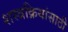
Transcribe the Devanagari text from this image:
शस्त्रक्रियांसाठी